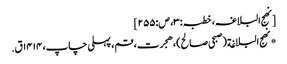
[نھج البلاغہ، خطبہ:۳، ص:۲۵۵]
*نهج البلاغة(صبحی صالح)، هجرت، قم، پہلی چاپ، ۱۴۱۴ق.